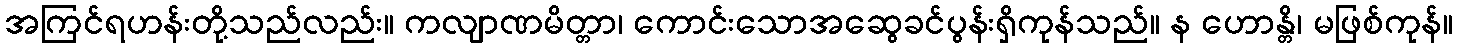
အကြင်ရဟန်းတို့သည်လည်း။ ကလျာဏမိတ္တာ၊ ကောင်းသောအဆွေခင်ပွန်းရှိကုန်သည်။ န ဟောန္တိ၊ မဖြစ်ကုန်။